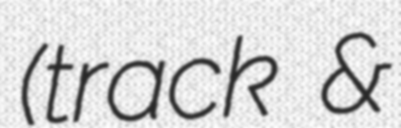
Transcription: (track &